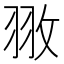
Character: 𮊻